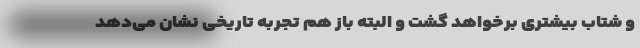
و شتاب بیشتری برخواهد گشت و البته باز هم تجربه تاریخی نشان می‌دهد